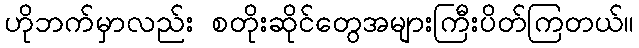
ဟိုဘက်မှာလည်း စတိုးဆိုင်တွေအများကြီးပိတ်ကြတယ်။